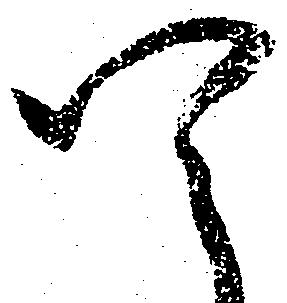
四